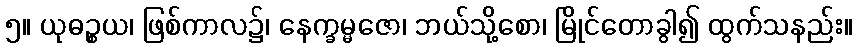
၅။ ယုဓဉ္စယ၊ ဖြစ်ကာလ၌၊ နေက္ခမ္မဇော၊ ဘယ်သို့စော၊ မြိုင်တောခွါ၍ ထွက်သနည်း။